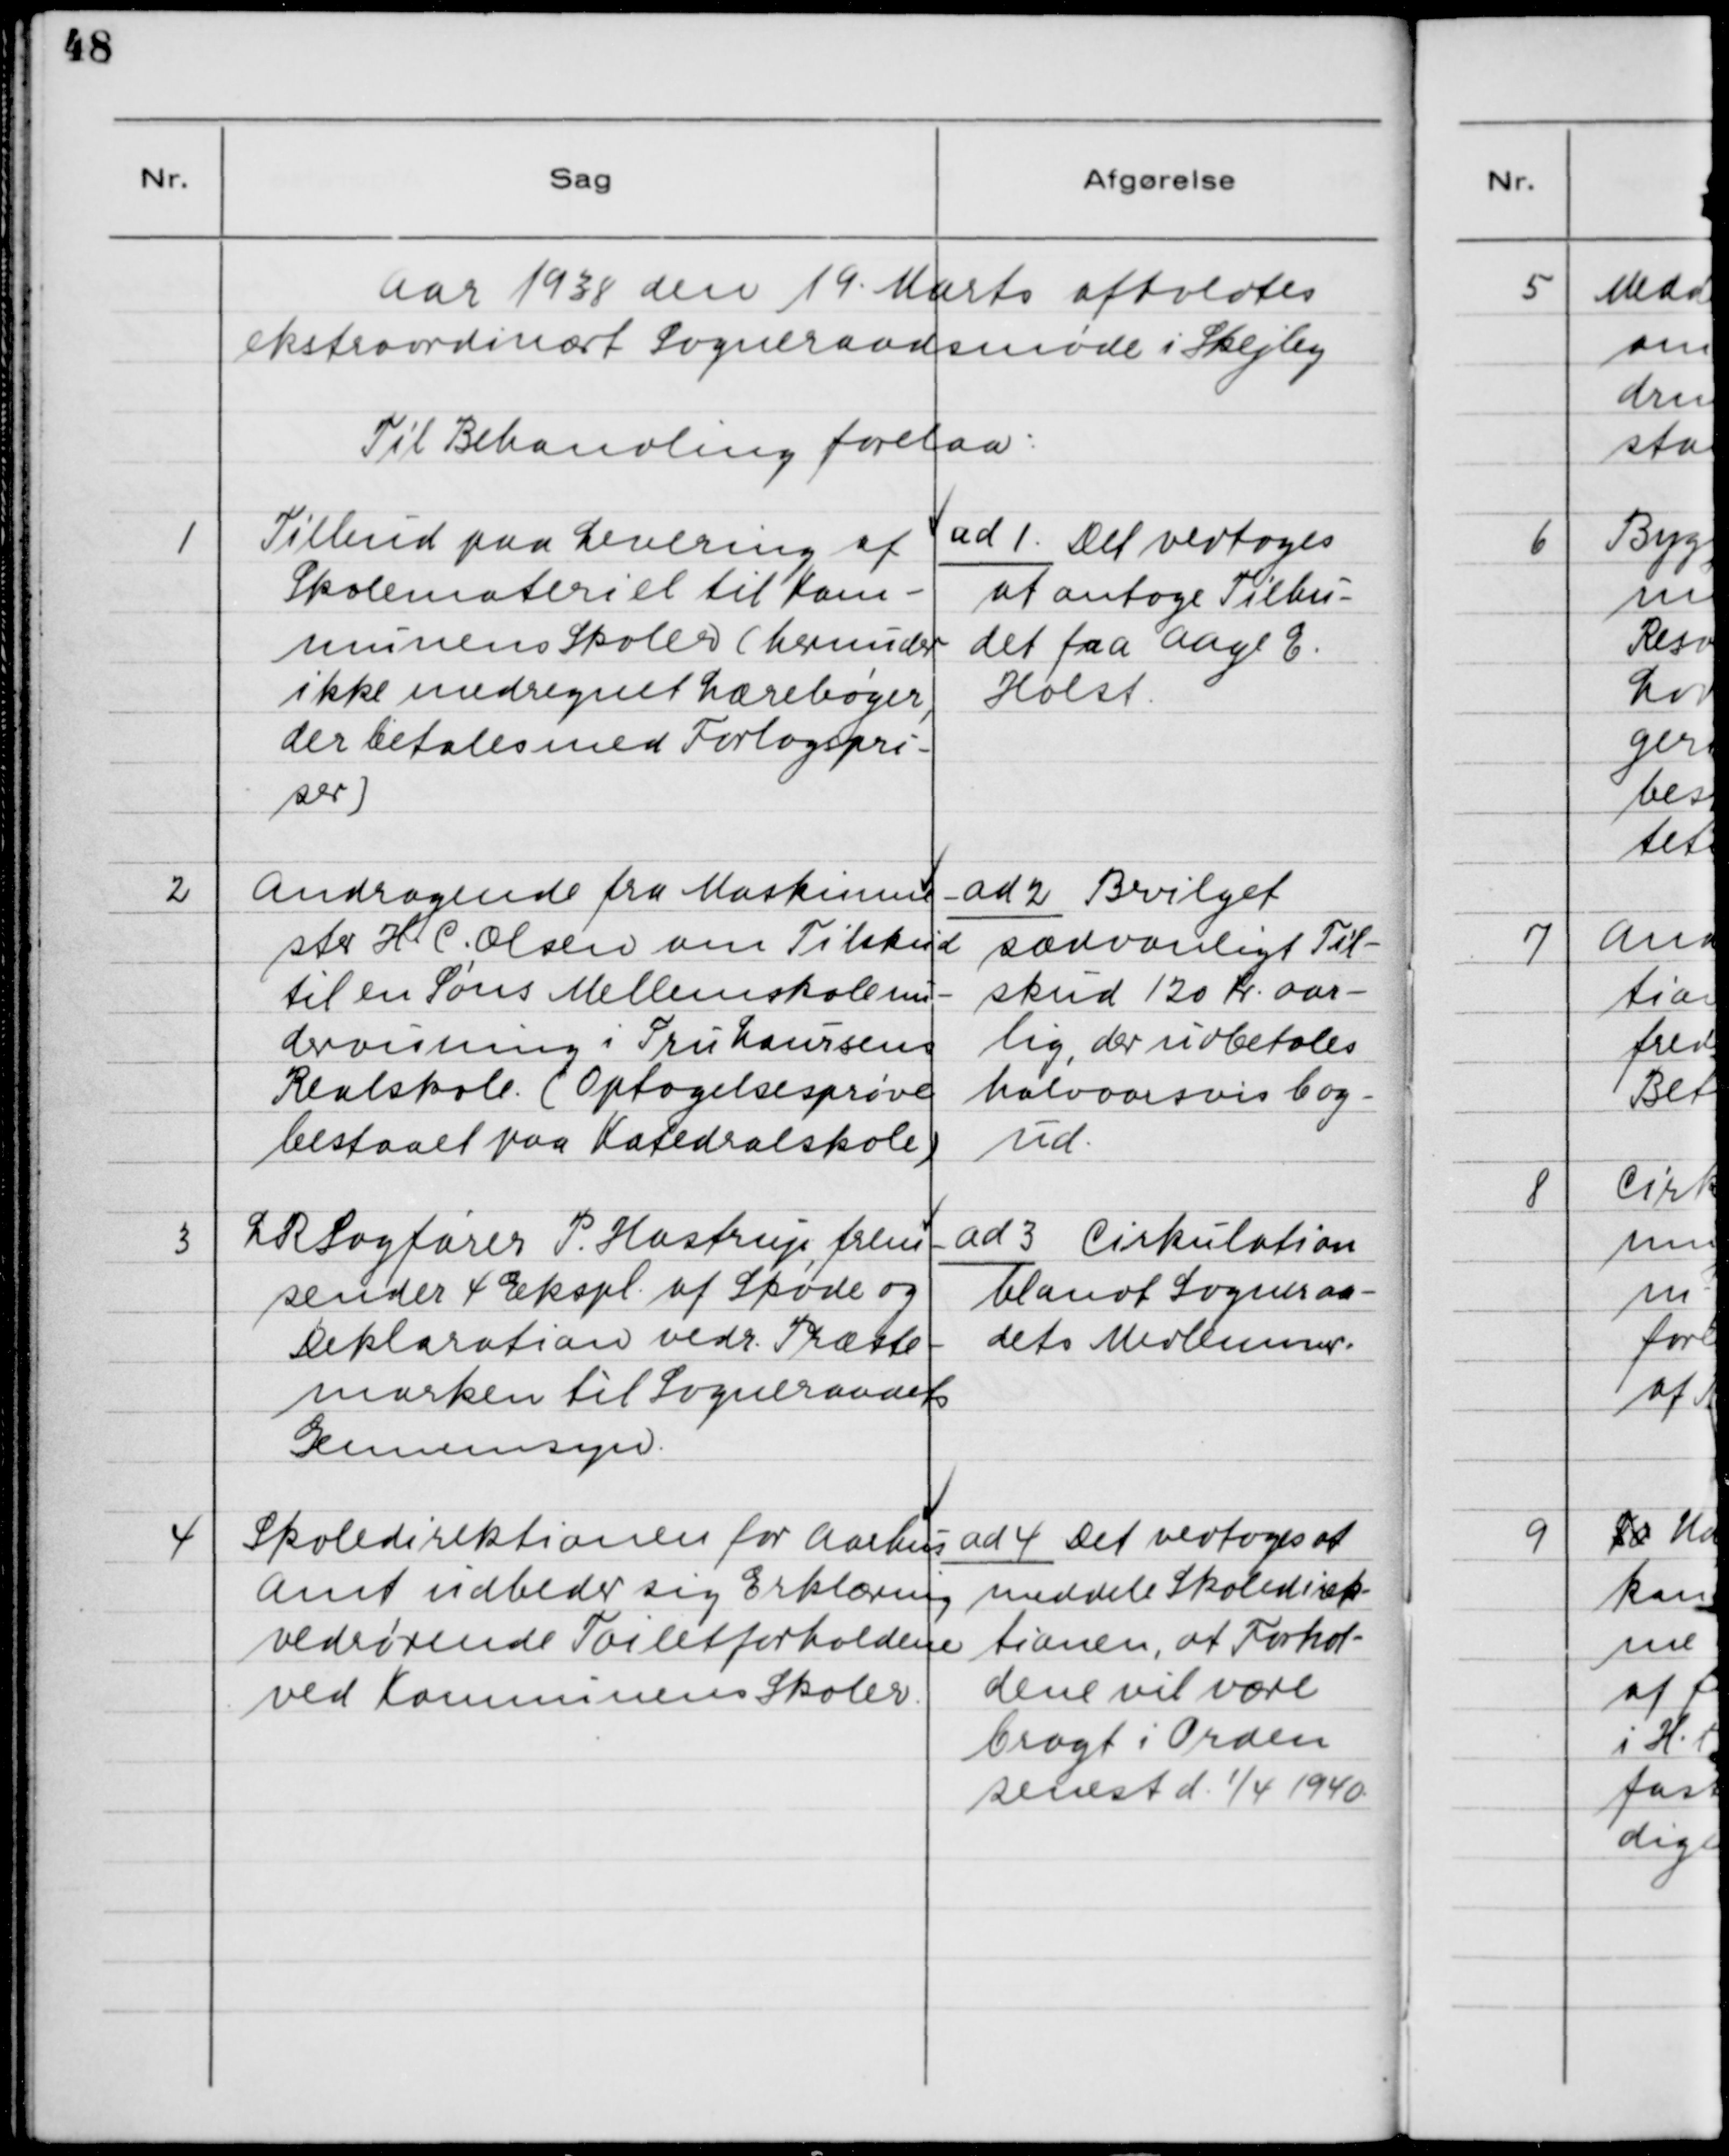
Transskription:
Aar 1938 den 19. Marts afholdtes
ekstraordinært Sogneraadsmøde i Skejby.
Til Behandling forelaa:

1. Tilbud paa Levering af
Skolemateriel til Kom-
munens Skoler (herunder
ikke medregnet Lærebøger,
der betales med Forlagspri-
ser)

ad 1. Det vedtoges
at antage Tilbu-
det fra Aage E.
Holst.

2. Andragende fra Maskinme-
ster H. C. Olsen om Tilskud
til en Søns Mellemskole un-
dervisning i Fru Laursens
Realskole (Optagelsesprøve
bestaaet paa Katedralskole)

ad 2. Bevilget
sædvanligt Til-
skud 120 Kr. aar-
lig, der udbetales
halvaarsvis bag-
ud.

3. LR Sagfører H. Hastrup, frem-
sender 4 Ekspl. af Skøde og
Deklaration vedr. Præste-
marken til Sogneraadets
Gennemsyn.

ad 3. Cirkulation
blandt Sogneraa-
dets Medlemmer.

4. Skoledirektionen for Aarhus
Amt udbeder sig Erklæring
vedrørende Toiletforholdene
ved Kommunens Skoler.

ad 4. Det vedtoges at
meddele Skoledirek-
tionen, at Forhol-
dene vil være
bragt i Orden
senest d. 1/4 1940.